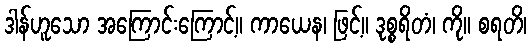
ဒါန်ဟူသော အကြောင်းကြောင့်။ ကာယေန၊ ဖြင့်။ ဒုစ္စရိတံ၊ ကို။ စရတိ၊